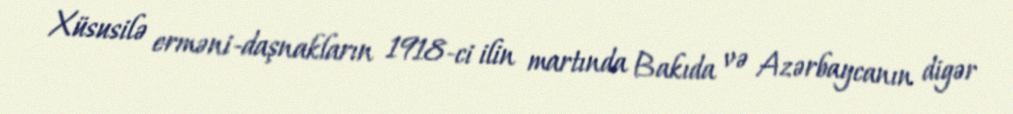
Xüsusilə erməni-daşnakların 1918-ci ilin martında Bakıda və Azərbaycanın digər